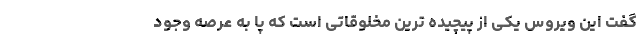
گفت این ویروس یکی از پیچیده ترین مخلوقاتی است که پا به عرصه وجود